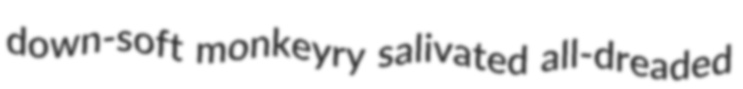
down-soft monkeyry salivated all-dreaded